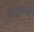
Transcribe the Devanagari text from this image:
कृतिकर्ता